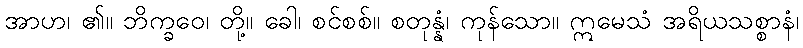
အာဟ၊ ၏။ ဘိက္ခဝေ၊ တို့။ ခေါ၊ စင်စစ်။ စတုန္နံ၊ ကုန်သော။ ဣမေသံ အရိယသစ္စာနံ၊